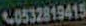
C0532819415